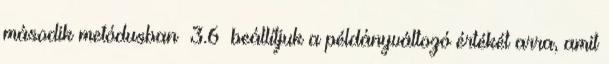
második metódusban 3.6 beállítjuk a példányváltozó értékét arra, amit